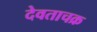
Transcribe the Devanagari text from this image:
देवताचक्र